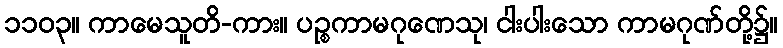
၁၁၀၃။ ကာမေသူတိ-ကား။ ပဉ္စကာမဂုဏေသု၊ ငါးပါးသော ကာမဂုဏ်တို့၌။